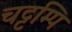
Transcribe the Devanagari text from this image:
चट्टम्पि